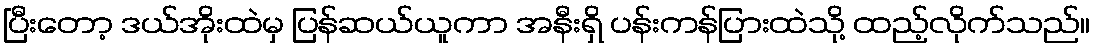
ပြီးတော့ ဒယ်အိုးထဲမှ ပြန်ဆယ်ယူကာ အနီးရှိ ပန်းကန်ပြားထဲသို့ ထည့်လိုက်သည်။